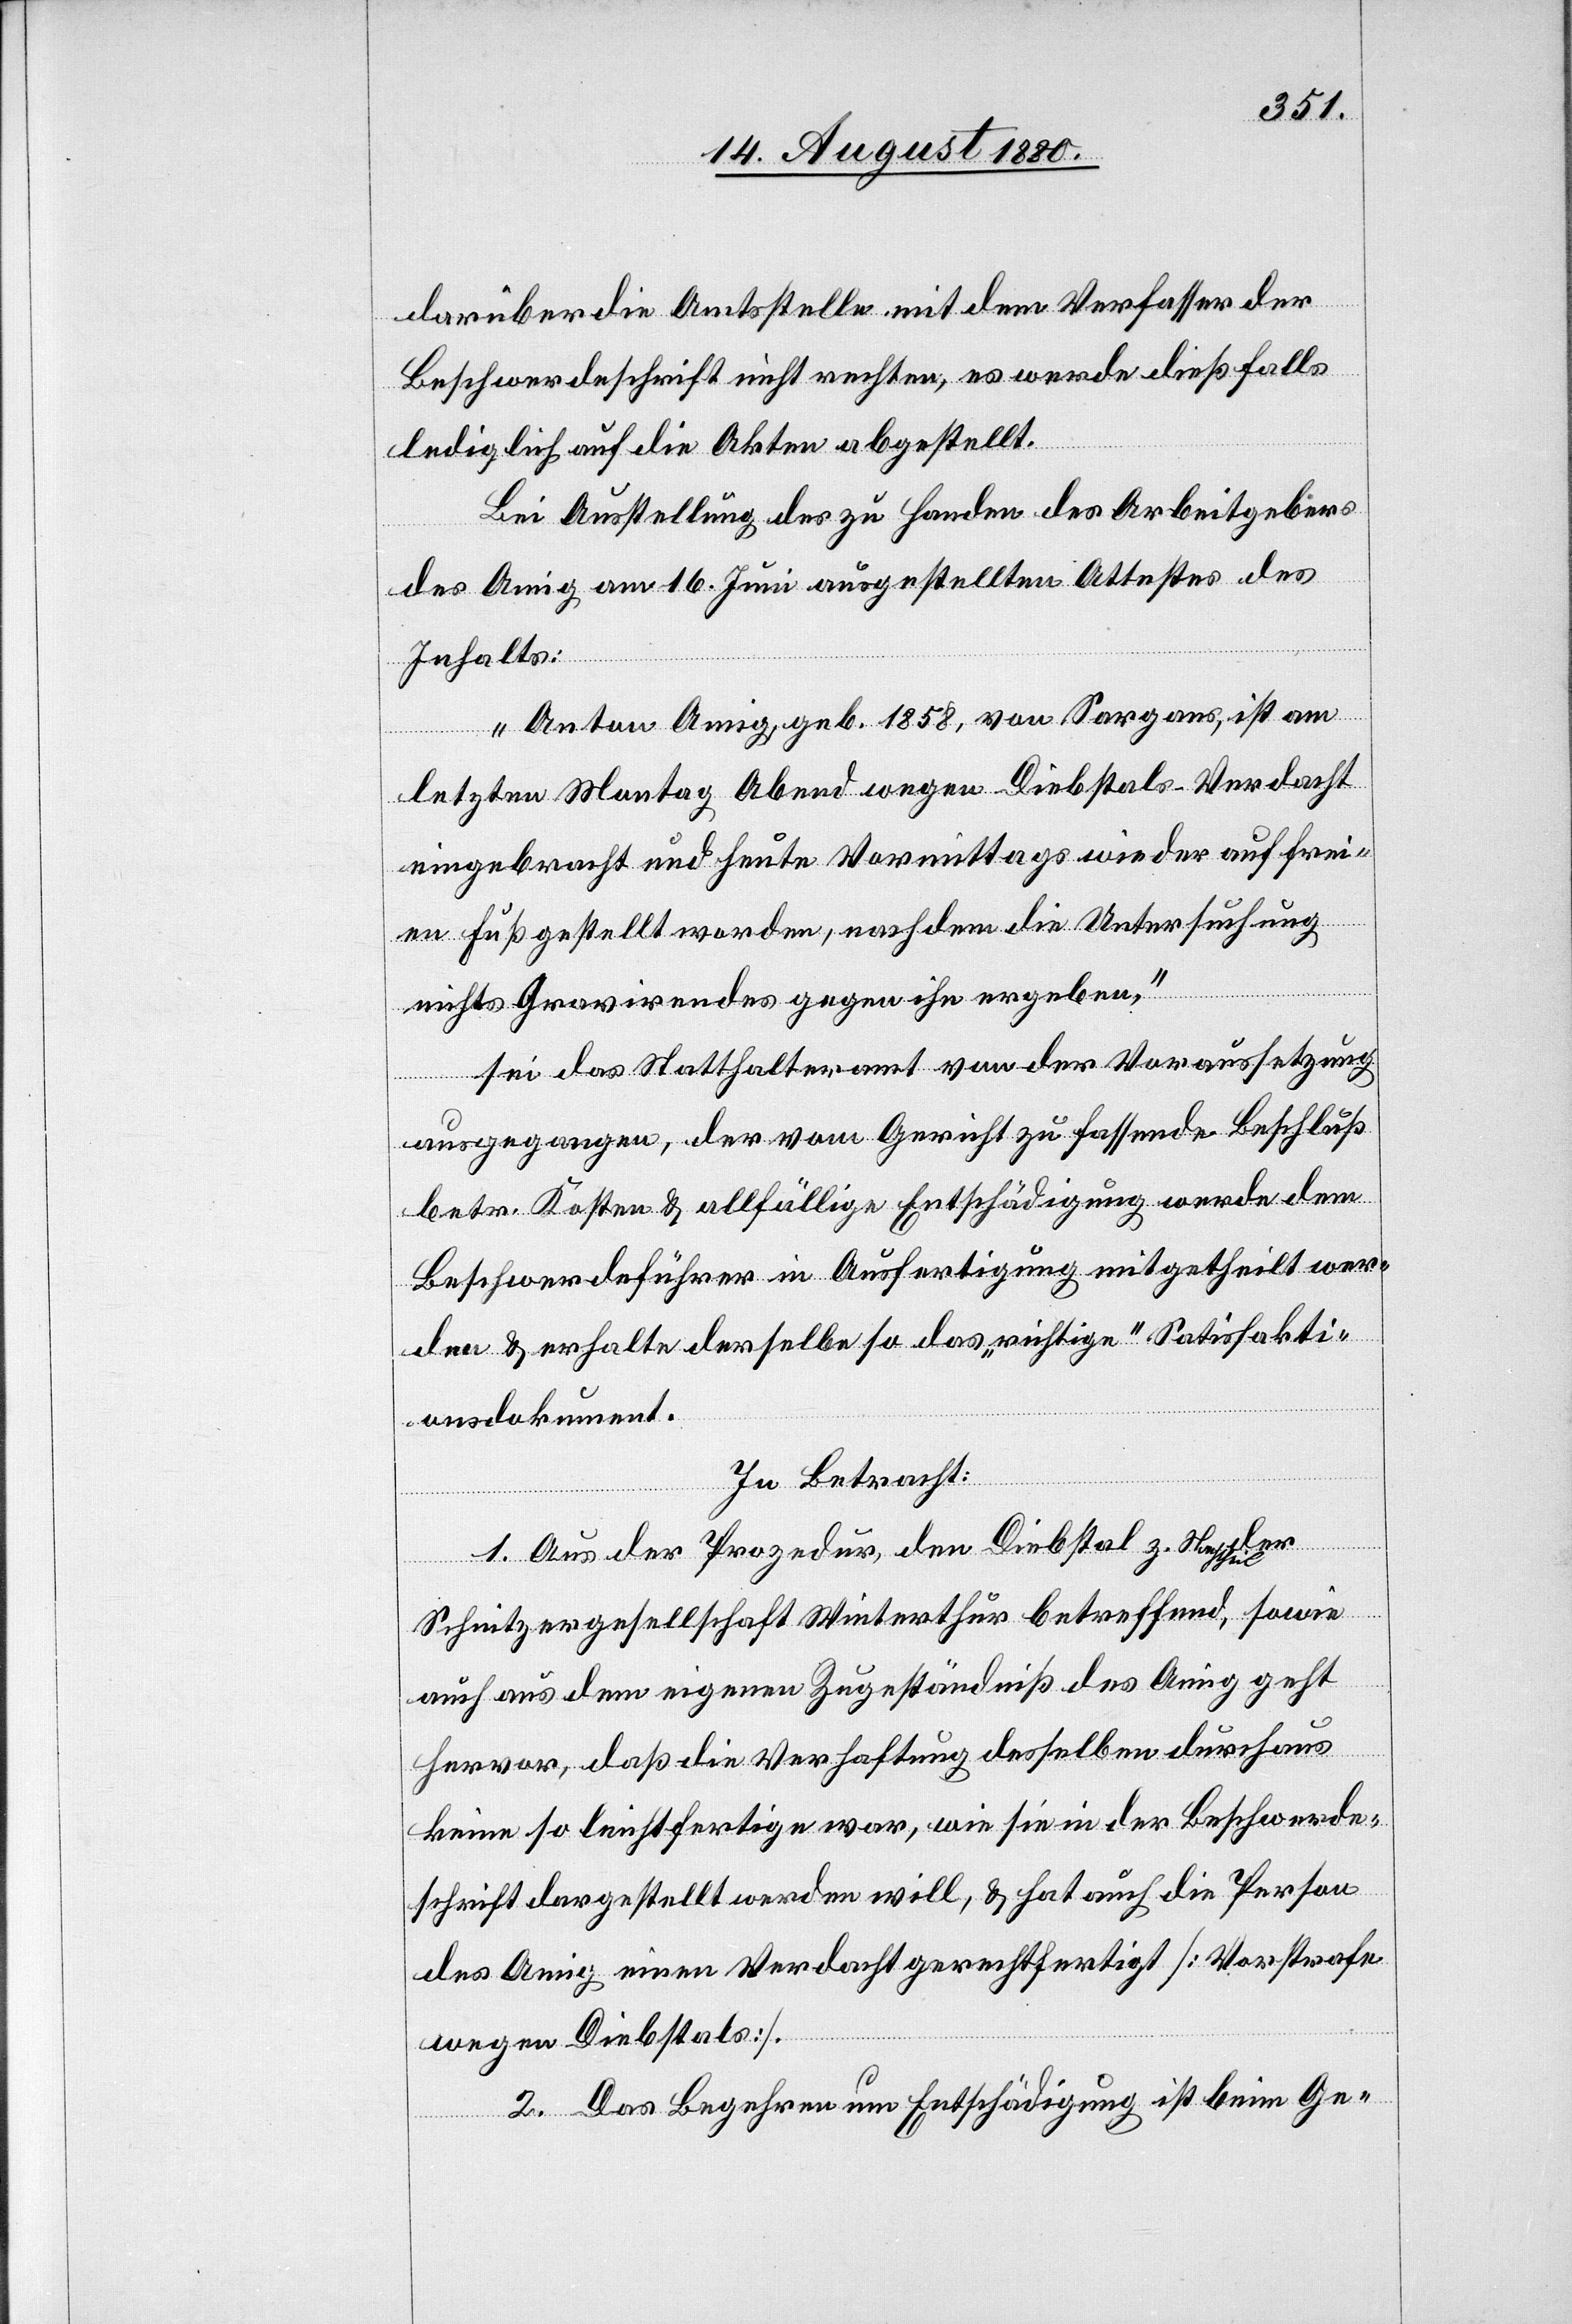
darüber die Amtsstelle mit dem Verfasser der
Beschwerdeschrift nicht rechten, es werde dießfalls
lediglich auf die Akten abgestellt.
Bei Ausstellung der zu Handen des Arbeitsgebers
des Amig am 16. Juni ausgestellten Attestes des
Inhalts:
„Anton Amig, geb. 1858, von Sargans, ist am
letzten Montag Abend wegen Diebstals-Verdacht
eingebracht und heute Vormittags wieder auf frei¬
en Fuß gestellt worden, nachdem die Untersuchung
nichts Gravirendes gegen ihn ergeben,“
sei das Statthalteramt von der Voraussetzung
ausgegangen, der vom Gericht zu fassende Beschluß
betr. Kosten & allfällige Entschädigung werde dem
Beschwerdeführer in Ausfertigung mitgetheilt wer¬
den & erhalte derselbe so das „richtige“ Satisfakti¬
onsdokument.
der
In Betracht:
1. Aus der Prozedur den Diebstal z. Nachtheil
Schnitzergesellschaft Winterthur betreffend, sowie
auch aus dem eigenen Zugeständniß des Amig geht
hervor, daß die Verhaftung desselben durchaus
keine so leichtfertige war, wie sie in der Beschwerde¬
schrift dargestellt werden will, & hat auch die Person
des Amig einen Verdacht gerechtfertigt [Vorstrafe
wegen Diebstals].
2. Das Begehren um Entschädigung ist beim Ge-